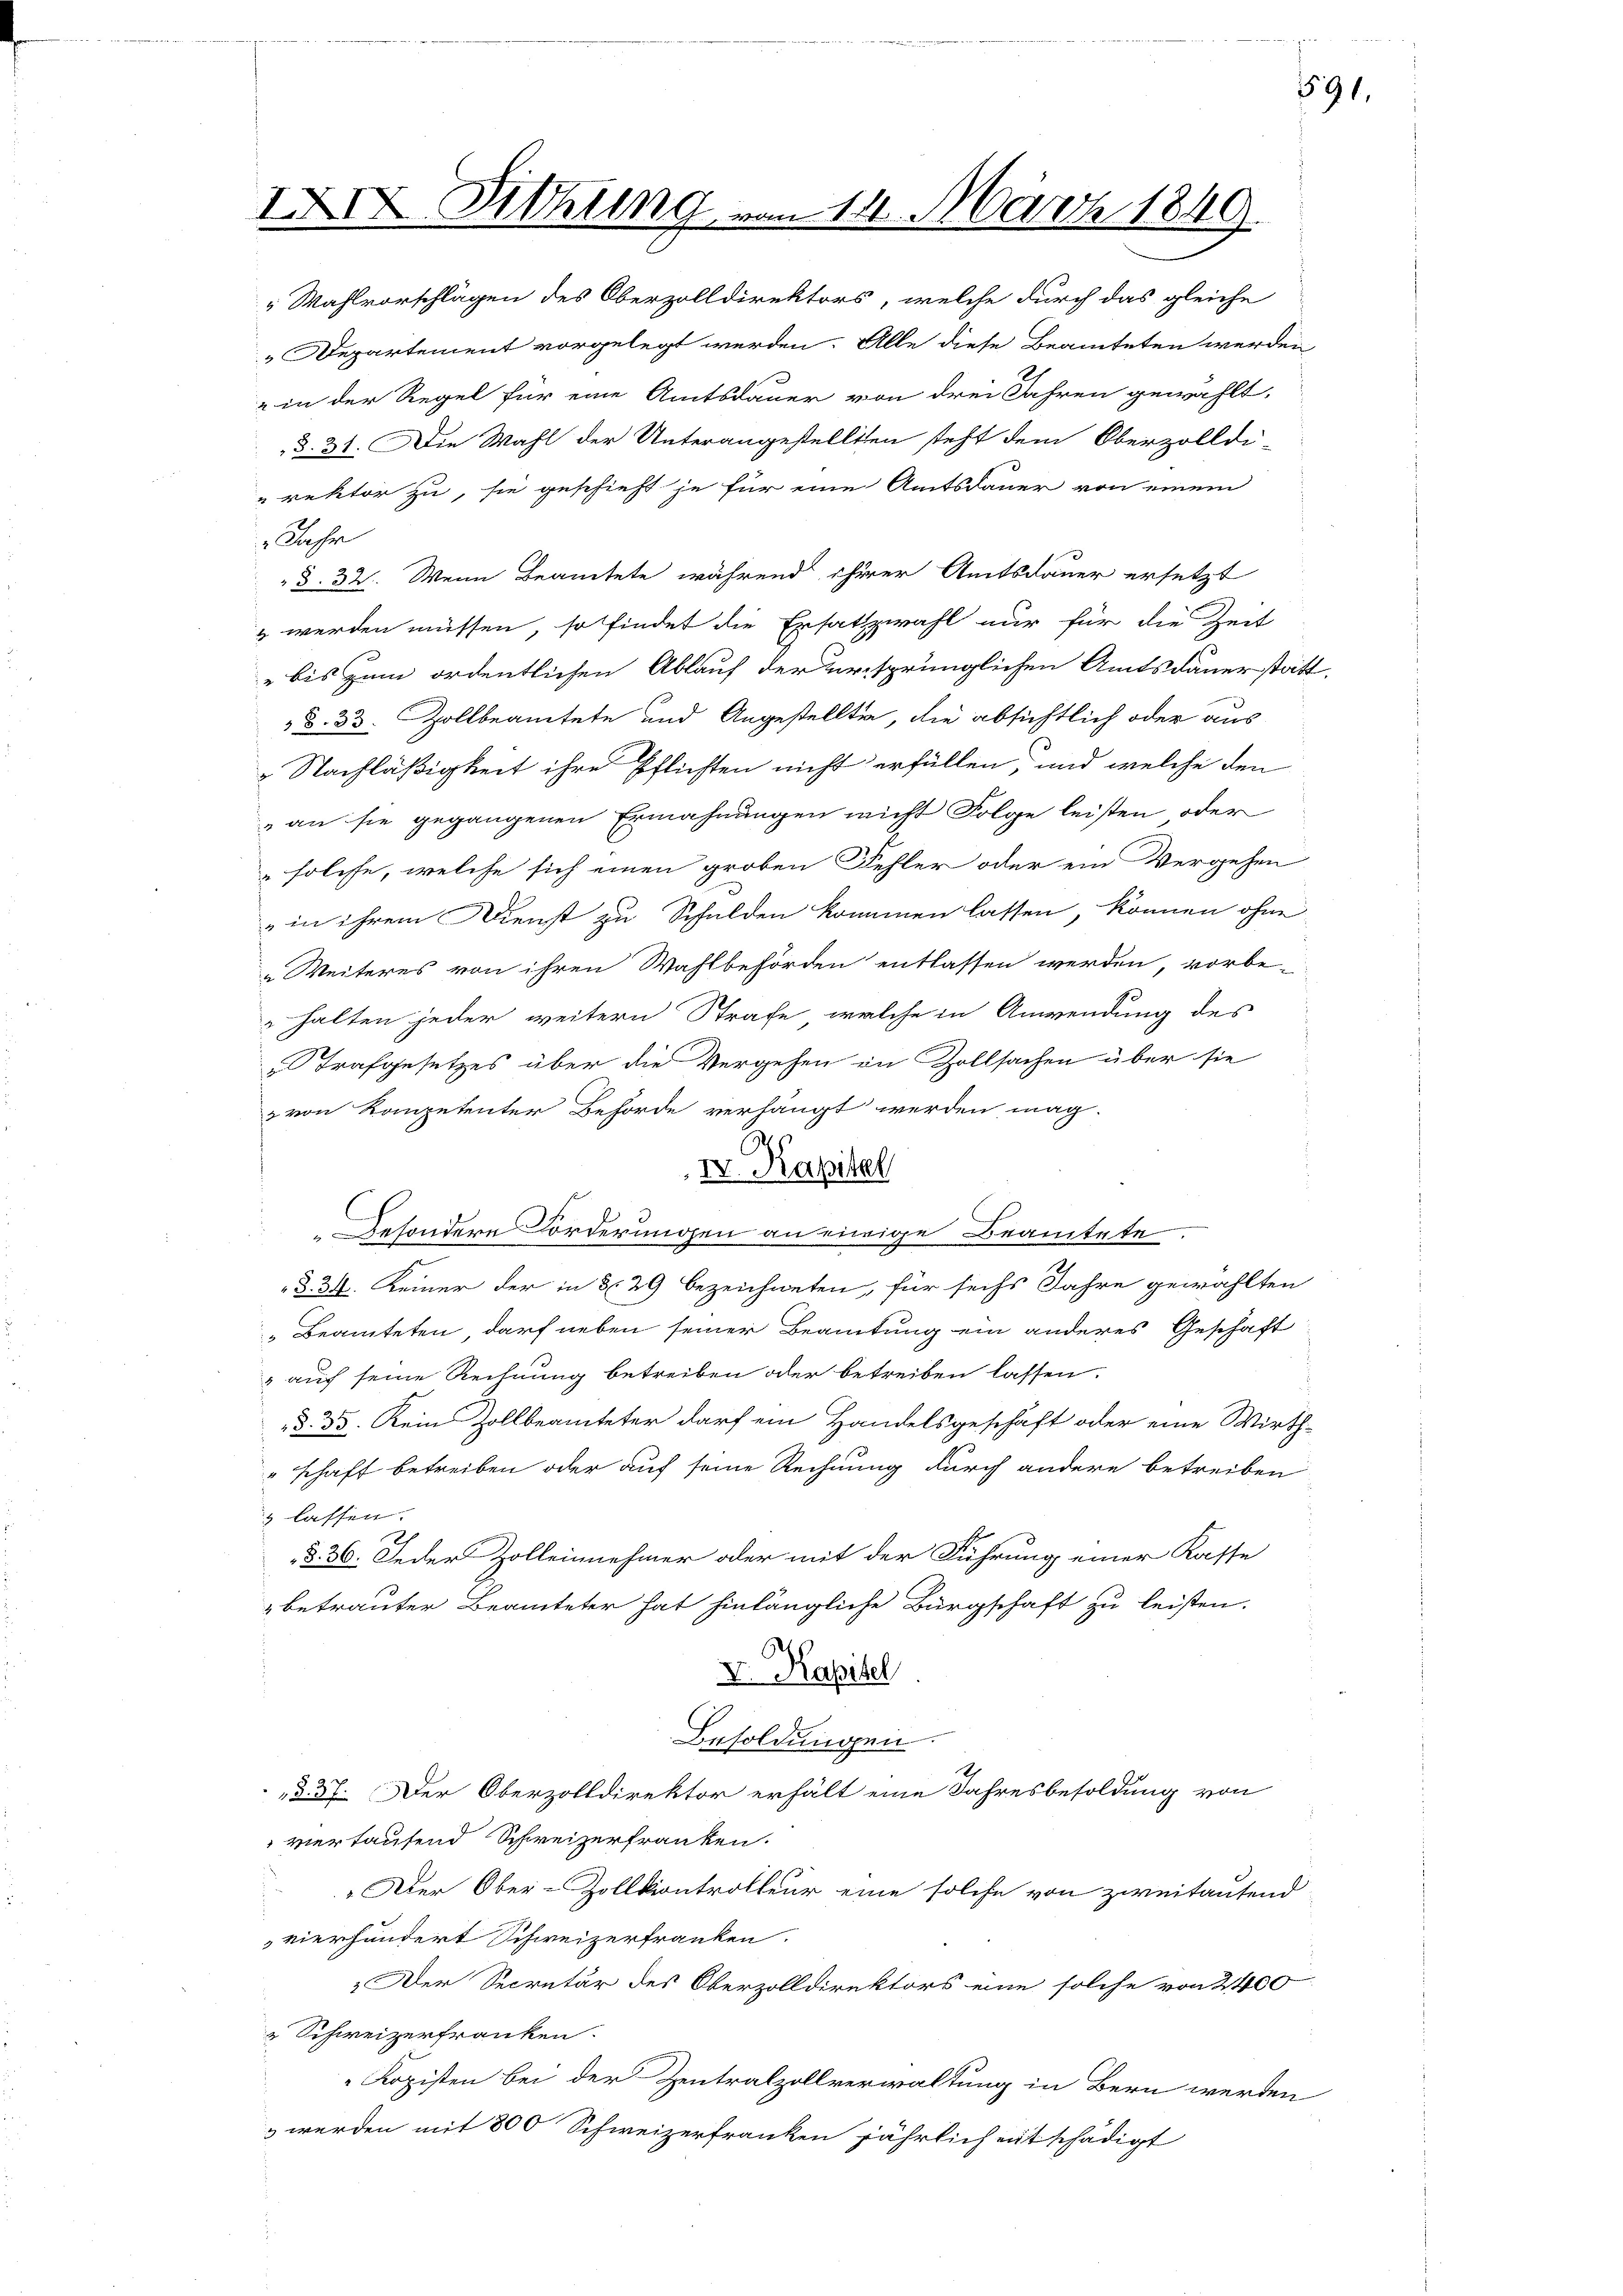
IXIX. Schling un

Jahr

14. März 1849.

Wahlvorschlägen des Oberzolldirektors, welche durch das gleiche
 Departement vorgelegt werden. Alle diese Beamteten werden
" in der Regel für eine Amtsdauer von drei Jahren gewählt,
§. 31. Die Wahl der Unterangestellten steht dem Oberzolldi-
rektor zu, sie geschieht je für eine Amtsdauer von einem
§. 32. Wenn Beamtete während ihrer Amtsdauer ersetzt
 werden müssen, so findet die Ersatzwahl nur für die Zeit
 bis zum ordentlichen Ablauf der ursprünglichen Amtsdauerstatt.
§. 33. Zollbeamtete und Angestellten, die absichtlich oder aus
 Nachläßigkeit ihre Pflichten nicht erfüllen, und welche den
an sie gegangenen Ermahnungen nicht Folge leisten oder
solche, welche sich einen groben Fehler oder ein Vergehen
" in ihrem Dienst zu Schulden kommen lassen, können ohne
„Weiteres von ihren Wahlbehörden entlassen werden, vorbe-
halten jeder weitern Strafe, welche in Anwendung des
„Strafgesetzes über die Vergehen in Zollsachen über sie
z von Kompetenter Behörde verhängt werden, mag-
G
IV. Kapitel
Besondere Forderungen an einige Beamtete
§. 34. Keiner der in § 29 bezeichneten, für sechs Jahre gewählten
Beamteten, darf neben seiner Beamtung ein anderes Geschäft
& auf seine Rechnung betreiben oder betreiben lassen.
§. 35. Kein Zollbeamteter darf ein Handelsgeschäft oder eine Wirth-
"schaft betreiben oder auf seine Rechnung durch andere betreiben
 lassen.
§. 36. Jeder Zolleinnehmer oder mit der Führung einer Kasse
betrauter Beamteter hat hinlängliche Bürgschaft zu leisten.
V. Kapitel
Besoldungen.
§ 37. Der Oberzolldirektor erhält eine Jahresbesoldung von
vertaufend Schweizerfranken.
„Der Ober-Zollkontrolleur eine solche von zweitautend
vierhundert Schweizerfranken.
Der Secretär des Oberzolldirektors eine solche von 2400
 Schweizerfranken.
Kopisten bei der Zentralzollverwaltung in Bern werden
& werden mit 800 Schweizerfranken jährlich entschädigt

591.